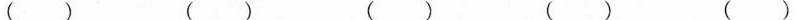
() () () () ()